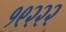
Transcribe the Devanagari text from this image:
१९२२२